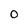
Character: 0